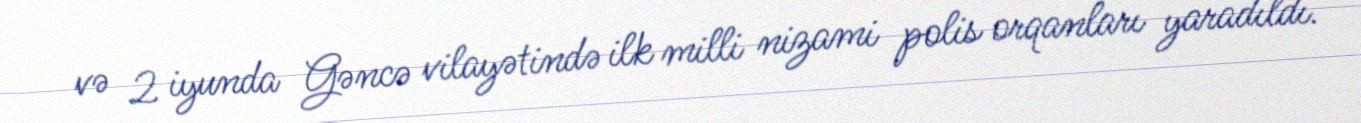
və 2 iyunda Gəncə vilayətində ilk milli nizami polis orqanları yaradıldı.